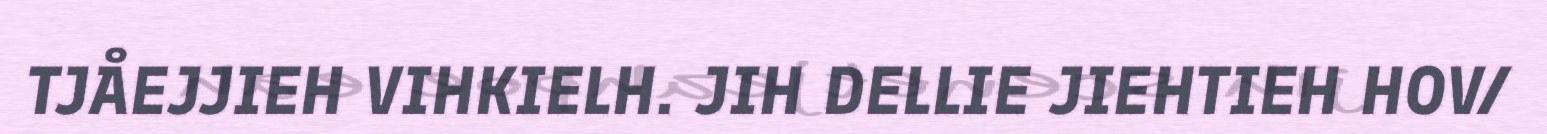
TJÅEJJIEH VIHKIELH. JIH DELLIE JIEHTIEH HOV/